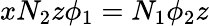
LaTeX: xN_{2}z\phi_{1}=N_{1}\phi_{2}z